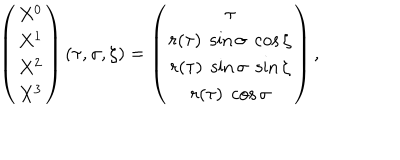
LaTeX: \left( \begin{array} { c } { { X ^ { 0 } } } \\ { { X ^ { 1 } } } \\ { { X ^ { 2 } } } \\ { { X ^ { 3 } } } \\ \end{array} \right) ( \tau , \sigma , \zeta ) = \left( \begin{array} { c } { { \tau } } \\ { { r ( \tau ) \; \sin \sigma \; \cos \zeta } } \\ { { r ( \tau ) \; \sin \sigma \; \sin \zeta } } \\ { { r ( \tau ) \; \cos \sigma } } \\ \end{array} \right) ,